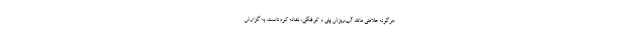
هرگونه علامتی مانند آب‌ریزش بینی و کوفتگی، نشانه کروناست. به گزارش